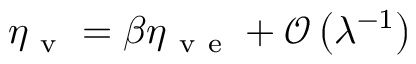
\eta _ { \mathrm { ~ v ~ } } = \beta \eta _ { \mathrm { ~ v ~ e ~ } } + \mathcal { O } \left( \lambda ^ { - 1 } \right)